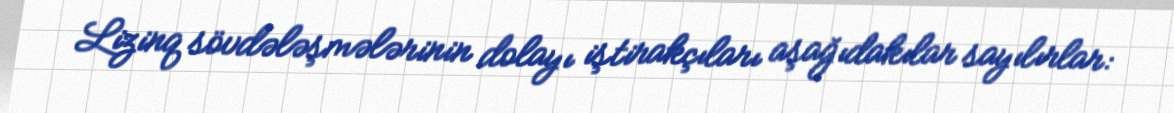
Lizinq sövdələşmələrinin dolayı iştirakçıları aşağıdakılar sayılırlar: